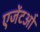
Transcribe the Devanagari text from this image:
एजेंटओं